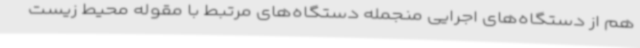
هم از دستگاه‌های اجرایی منجمله دستگاه‌های مرتبط با مقوله محیط زیست